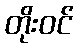
တိုးဝင်